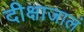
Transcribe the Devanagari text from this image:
दीक्षाजालं